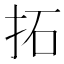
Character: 拓